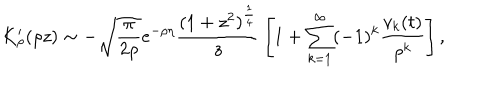
K _ { \rho } ^ { \prime } ( \rho z ) \sim - \sqrt { \frac { \pi } { 2 \rho } } e ^ { - \rho \eta } { \frac { ( 1 + z ^ { 2 } ) ^ { \frac { 1 } { 4 } } } { z } } \left[ 1 + \sum _ { k = 1 } ^ { \infty } ( - 1 ) ^ { k } { \frac { v _ { k } ( t ) } { \rho ^ { k } } } \right] ,